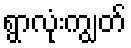
ရွာလုံးကျွတ်